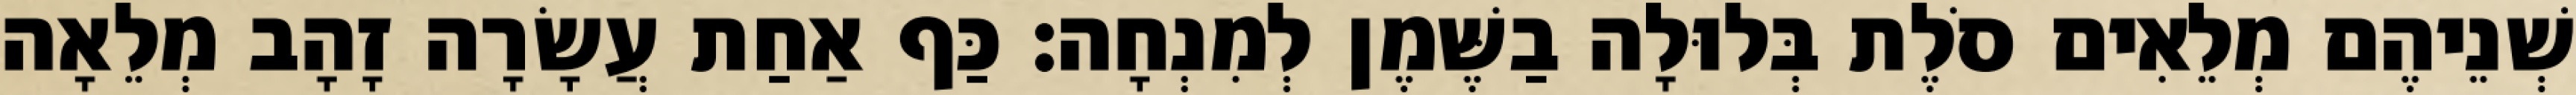
שְׁנֵיהֶם מְלֵאִים סֹלֶת בְּלוּלָה בַשֶּׁמֶן לְמִנְחָה׃ כַּף אַחַת עֲשָׂרָה זָהָב מְלֵאָה